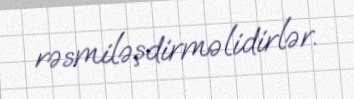
rəsmiləşdirməlidirlər.